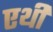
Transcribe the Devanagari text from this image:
एथी